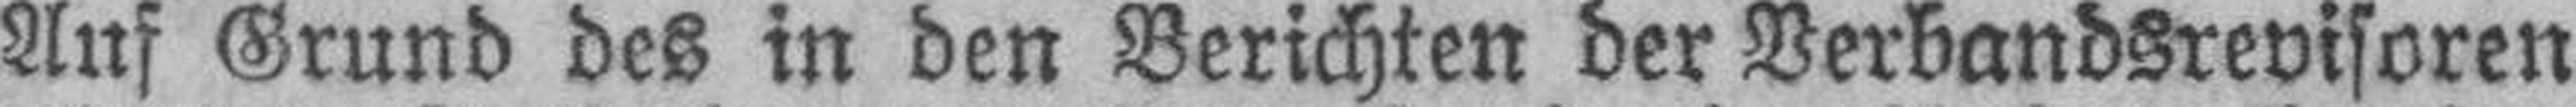
Auf Grund des in den Berichten der Verbandsrevisoren